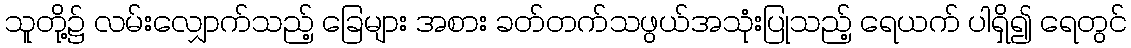
သူတို့၌ လမ်းလျှောက်သည့် ခြေများ အစား ခတ်တက်သဖွယ်အသုံးပြုသည့် ရေယက် ပါရှိ၍ ရေတွင်